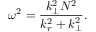
\omega ^ { 2 } = \frac { k _ { \perp } ^ { 2 } N ^ { 2 } } { k _ { r } ^ { 2 } + k _ { \perp } ^ { 2 } } .